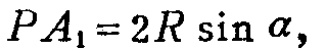
\(PA_{1}=2R\sin\alpha,\)